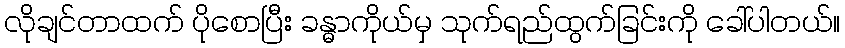
လိုချင်တာထက် ပိုစောပြီး ခန္ဓာကိုယ်မှ သုက်ရည်ထွက်ခြင်းကို ခေါ်ပါတယ်။